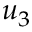
u _ { 3 }